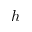
h